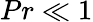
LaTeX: Pr\ll 1